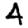
Digit: 4